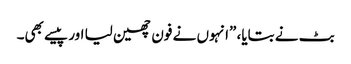
بٹ نے بتایا، ”انہوں نے فون چھین لیا اور پیسے بھی۔